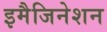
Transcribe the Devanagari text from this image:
इमैजिनेशन